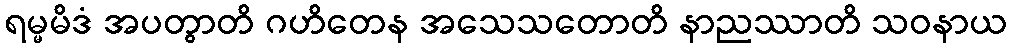
ရမ္မမိဒံ အပတွာတိ ဂဟိတေန အသေသတောတိ နာညဿာတိ သဝနာယ